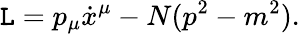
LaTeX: \mathtt{L}=p_{\mu}\dot{{x}}^{\mu}-N(p^{2}-m^{2}).